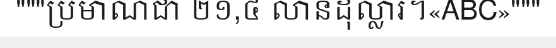
"""ប្រមាណជា ២១,៤ លានដុល្លារ។«ABC»"""